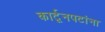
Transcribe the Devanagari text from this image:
कार्टूनपटांना